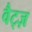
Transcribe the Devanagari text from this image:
वैट्ज़